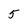
Character: 5